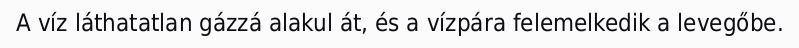
A víz láthatatlan gázzá alakul át, és a vízpára felemelkedik a levegőbe.